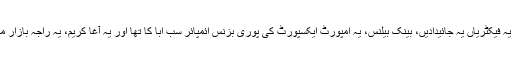
گیارہ برس قبل ابا کی ڈیتھ سے پہلے یہ فیکٹریاں یہ جائیدادیں، بینک بیلنس، یہ امپورٹ ایکسپورٹ کی پوری بزنس ائمپائر سب ابا کا تھا اور یہ آغا کریم، یہ راجہ بازار میں کپڑوں کی ایک دکان چلاتے تھے۔